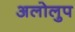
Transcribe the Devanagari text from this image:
अलोलुप